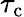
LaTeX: \tau_{\mathrm{c}}